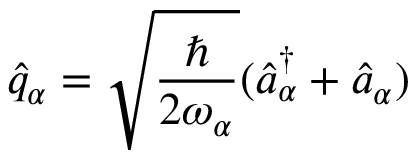
\hat { q } _ { \alpha } = \sqrt { \frac { \hbar } { 2 \omega _ { \alpha } } } ( \hat { a } _ { \alpha } ^ { \dag } + \hat { a } _ { \alpha } )